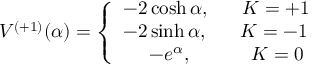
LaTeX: V ^ { ( + 1 ) } ( \alpha ) = \left\{ \begin{array} { l } { { - 2 \cosh \alpha , \; \; \; \; \; \; K = + 1 } } \\ { { - 2 \sinh \alpha , \; \; \; \; \; \; K = - 1 } } \\ { { \; \; \; \; \; - e ^ { \alpha } , \; \; \; \; \; \; \; \; \; \; \; K = 0 } } \end{array} \right.